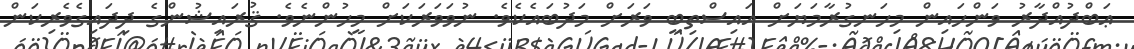
ޢަބްދުއްދާރު ވަންހައިން މިހަނގުރާމަޔަށް އައިސްތިބީ ވަރަށް މަދުބައެކެވެ. ނުވަވަރަކަށް މީހުންނެވެ. ޤުރައިޝުންގެ ދިދައިގެވެރިކަން